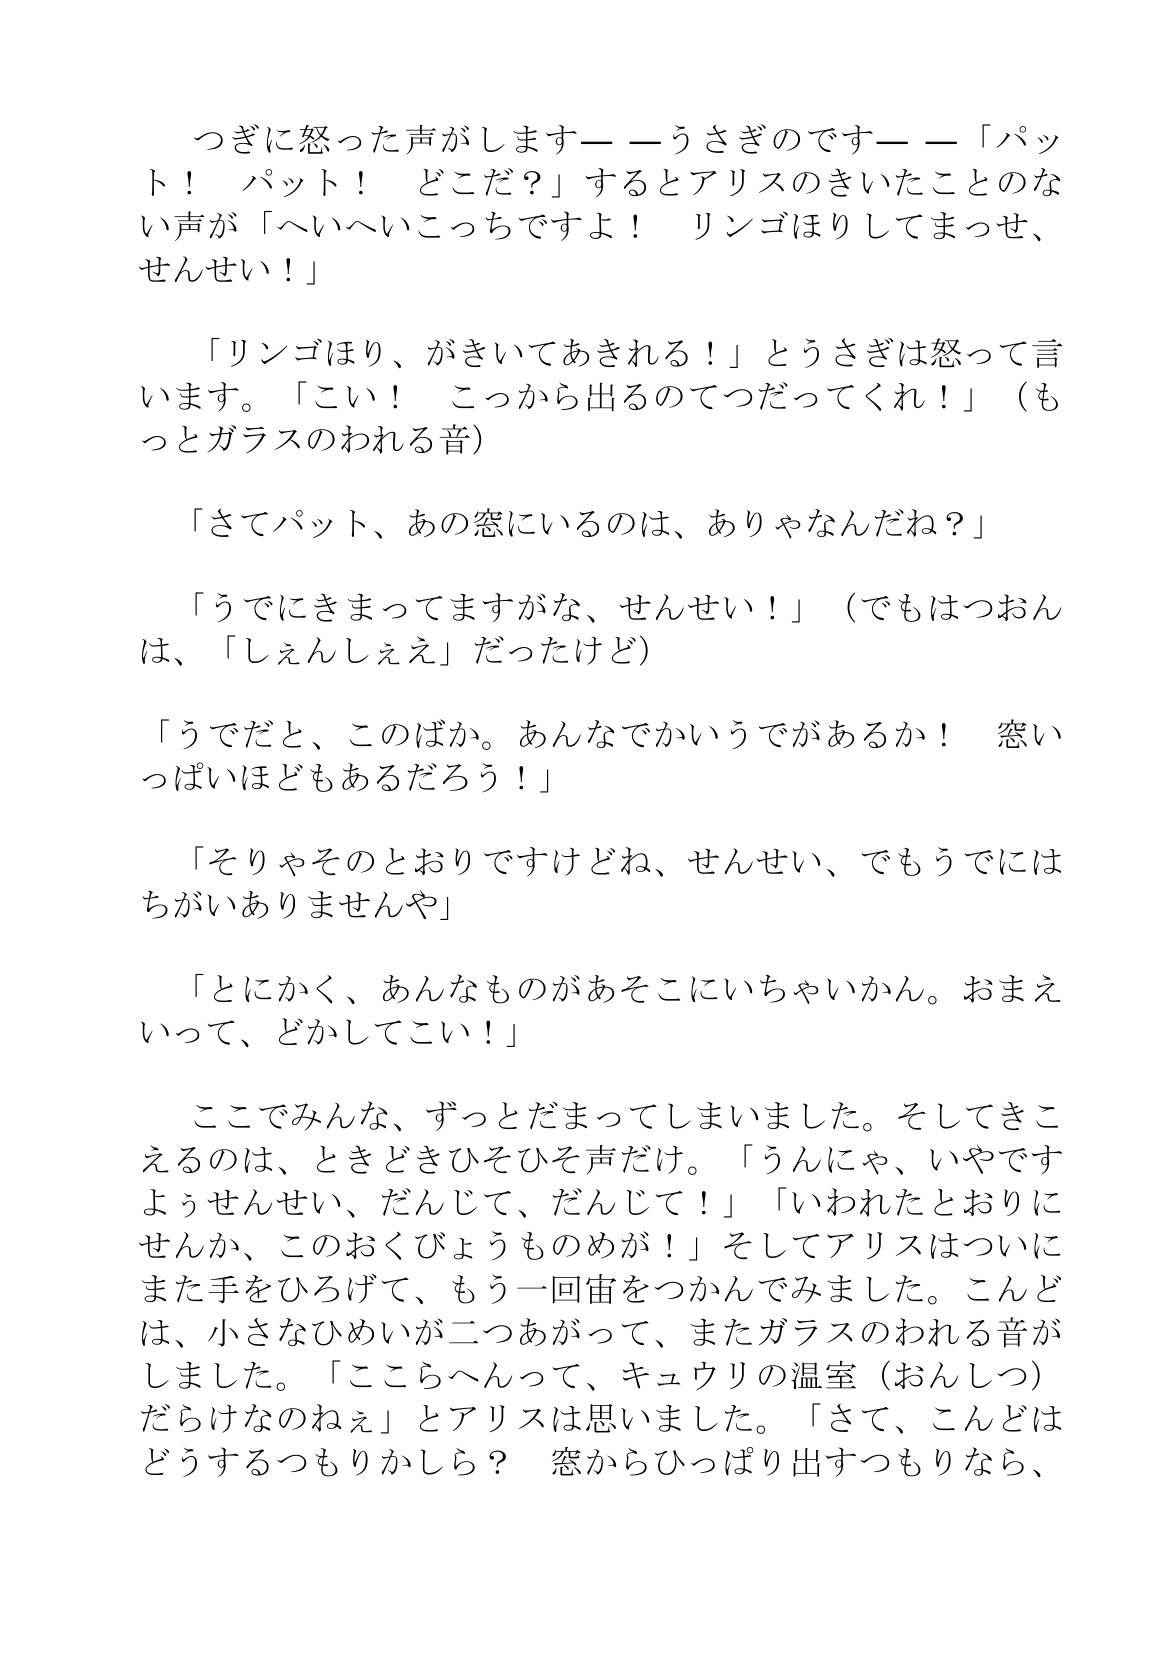
Language: ja